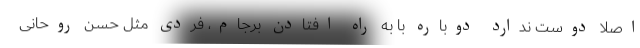
اصلا دوست ندارد دوباره با به راه افتادن برجام، فردی مثل حسن روحانی